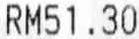
RM51.30